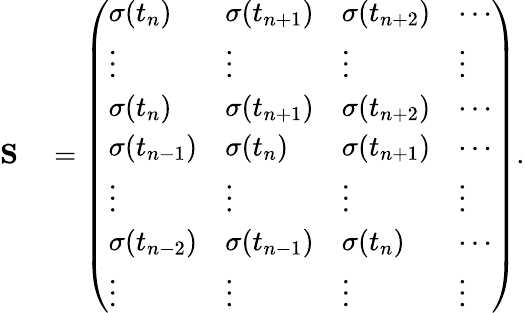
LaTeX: \begin{array}{rl}{\mathbf S}&{{}=\left(\begin{array}{llll}{\sigma(t_{n})}&{\sigma(t_{n+1})}&{\sigma(t_{n+2})}&{\cdots}\\ {\vdots}&{\vdots}&{\vdots}&{\vdots}\\ {\sigma(t_{n})}&{\sigma(t_{n+1})}&{\sigma(t_{n+2})}&{\cdots}\\ {\sigma(t_{n-1})}&{\sigma(t_{n})}&{\sigma(t_{n+1})}&{\cdots}\\ {\vdots}&{\vdots}&{\vdots}&{\vdots}\\ {\sigma(t_{n-2})}&{\sigma(t_{n-1})}&{\sigma(t_{n})}&{\cdots}\\ {\vdots}&{\vdots}&{\vdots}&{\vdots}\end{array}\right).}\end{array}